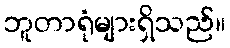
ဘူတာရုံများရှိသည်။